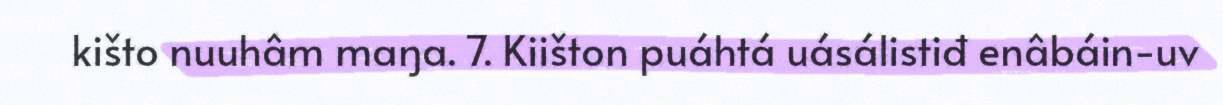
kišto nuuhâm maŋa. 7. Kiišton puáhtá uásálistiđ enâbáin-uv